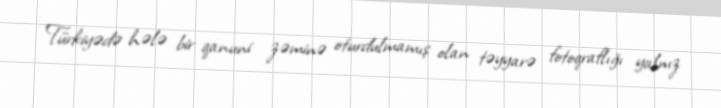
Türkiyədə hələ bir qanuni zəminə oturdulmamış olan təyyarə fotoqraflığı yalnız